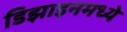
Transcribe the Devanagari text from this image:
डिझाइनमध्ये